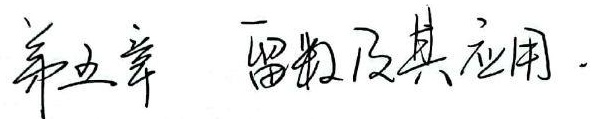
第五章 留数及其应用.